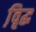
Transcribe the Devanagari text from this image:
वृि़द्ध